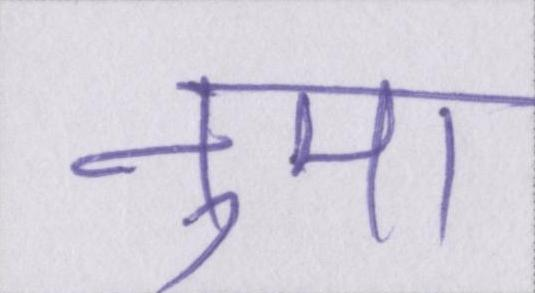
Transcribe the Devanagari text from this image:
नुमा